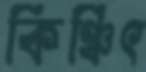
কিঞ্চিৎ